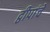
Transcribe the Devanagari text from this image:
द्वीपांचे